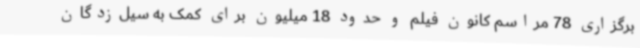
برگزاری 78 مراسم کانون فیلم و حدود 18 میلیون برای کمک به سیل‌زدگان